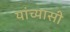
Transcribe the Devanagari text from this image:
यांच्यासी